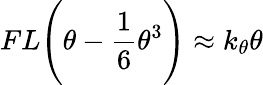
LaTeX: FL{\Bigg(}\theta-{\frac{1}{6}}\theta^{3}{\Bigg)}\approx k_{\theta}\theta